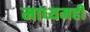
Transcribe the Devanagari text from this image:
माध्यमही